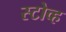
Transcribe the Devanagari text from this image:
स्टोव्ह